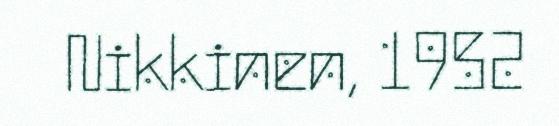
Nikkinen, 1952